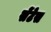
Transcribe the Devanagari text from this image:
सेंटेस